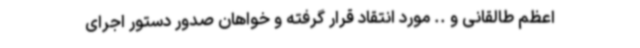
اعظم طالقانی و .. مورد انتقاد قرار گرفته و خواهان صدور دستور اجرای